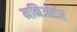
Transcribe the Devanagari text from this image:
मनिऑर्डर